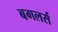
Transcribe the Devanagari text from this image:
बगलर्स